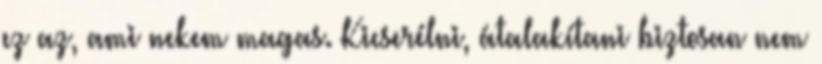
ez az, ami nekem magas. Kicserélni, átalakítani biztosan nem